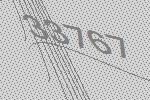
33767